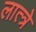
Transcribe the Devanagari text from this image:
लात्त्रे